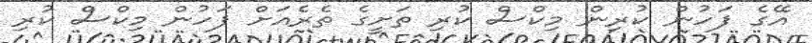
އޭގެ ފަހުން ކުރިން މިކްސް ކުރި ތަށީގެ ތެރެއަށް ފަހުން މިކްސް ކުރި